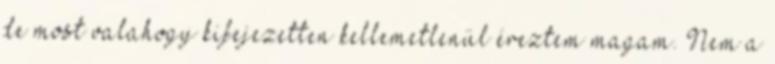
de most valahogy kifejezetten kellemetlenül éreztem magam. Nem a